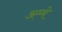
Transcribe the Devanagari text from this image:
अम्मे